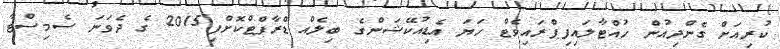
ކުރިއަށް ގެންދިއުން ހުއްޓާލައިފިޕްރައިވެޓް ހަޔަ އެޑިއުކޭޝަންގެ ބިލެއް ޑްރާފްޓްކޮށްފި2015 ގެ ދެވަނަ ސެމިސްޓާ